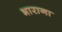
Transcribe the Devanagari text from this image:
भाराना